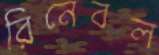
রিনেবল